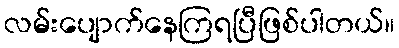
လမ်းပျောက်နေကြရပြီဖြစ်ပါတယ်။